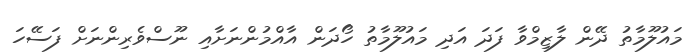
މައުލޫމާތު ދޭން ލާޒިމްވާ ފަދަ އަދި މައުލޫމާތު ހޯދަން އާއްމުންނަށާއި ނޫސްވެރިންނަށް ފަސޭހަ